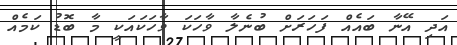
އަދި އޭނާ ބައެއް ފަހަރަށް ބުނެލާ ވާހަކަ ވާހަކައަކީ މާ ބޮޑު ކަމެއް